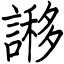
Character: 謻